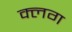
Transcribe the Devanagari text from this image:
क्लग